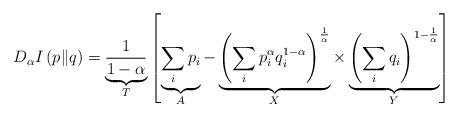
LaTeX: \begin{align*}D_{\alpha}I\left(p\|q\right)=\underbrace{\frac{1}{1-\alpha}}_{T}\left[\underbrace{\sum_{i}p_{i}}_{A}-\underbrace{\left(\sum_{i}p^{\alpha}_{i}q^{1-\alpha}_{i}\right)^{\frac{1}{\alpha}}}_{X}\times\underbrace{\left(\sum_{i}q_{i}\right)^{1-\frac{1}{\alpha}}}_{Y}\right]\end{align*}